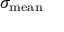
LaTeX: \sigma _ { \mathrm { m e a n } }